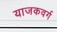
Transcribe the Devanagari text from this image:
याजकवर्ग